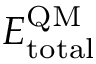
E _ { \mathrm { t o t a l } } ^ { \mathrm { Q M } }